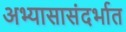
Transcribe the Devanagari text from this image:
अभ्यासासंदर्भात